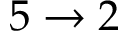
5 \to 2